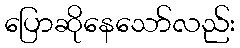
ပြောဆိုနေသော်လည်း